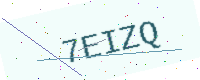
Text: 7EIZQ